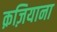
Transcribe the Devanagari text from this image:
क़ज़ियाना